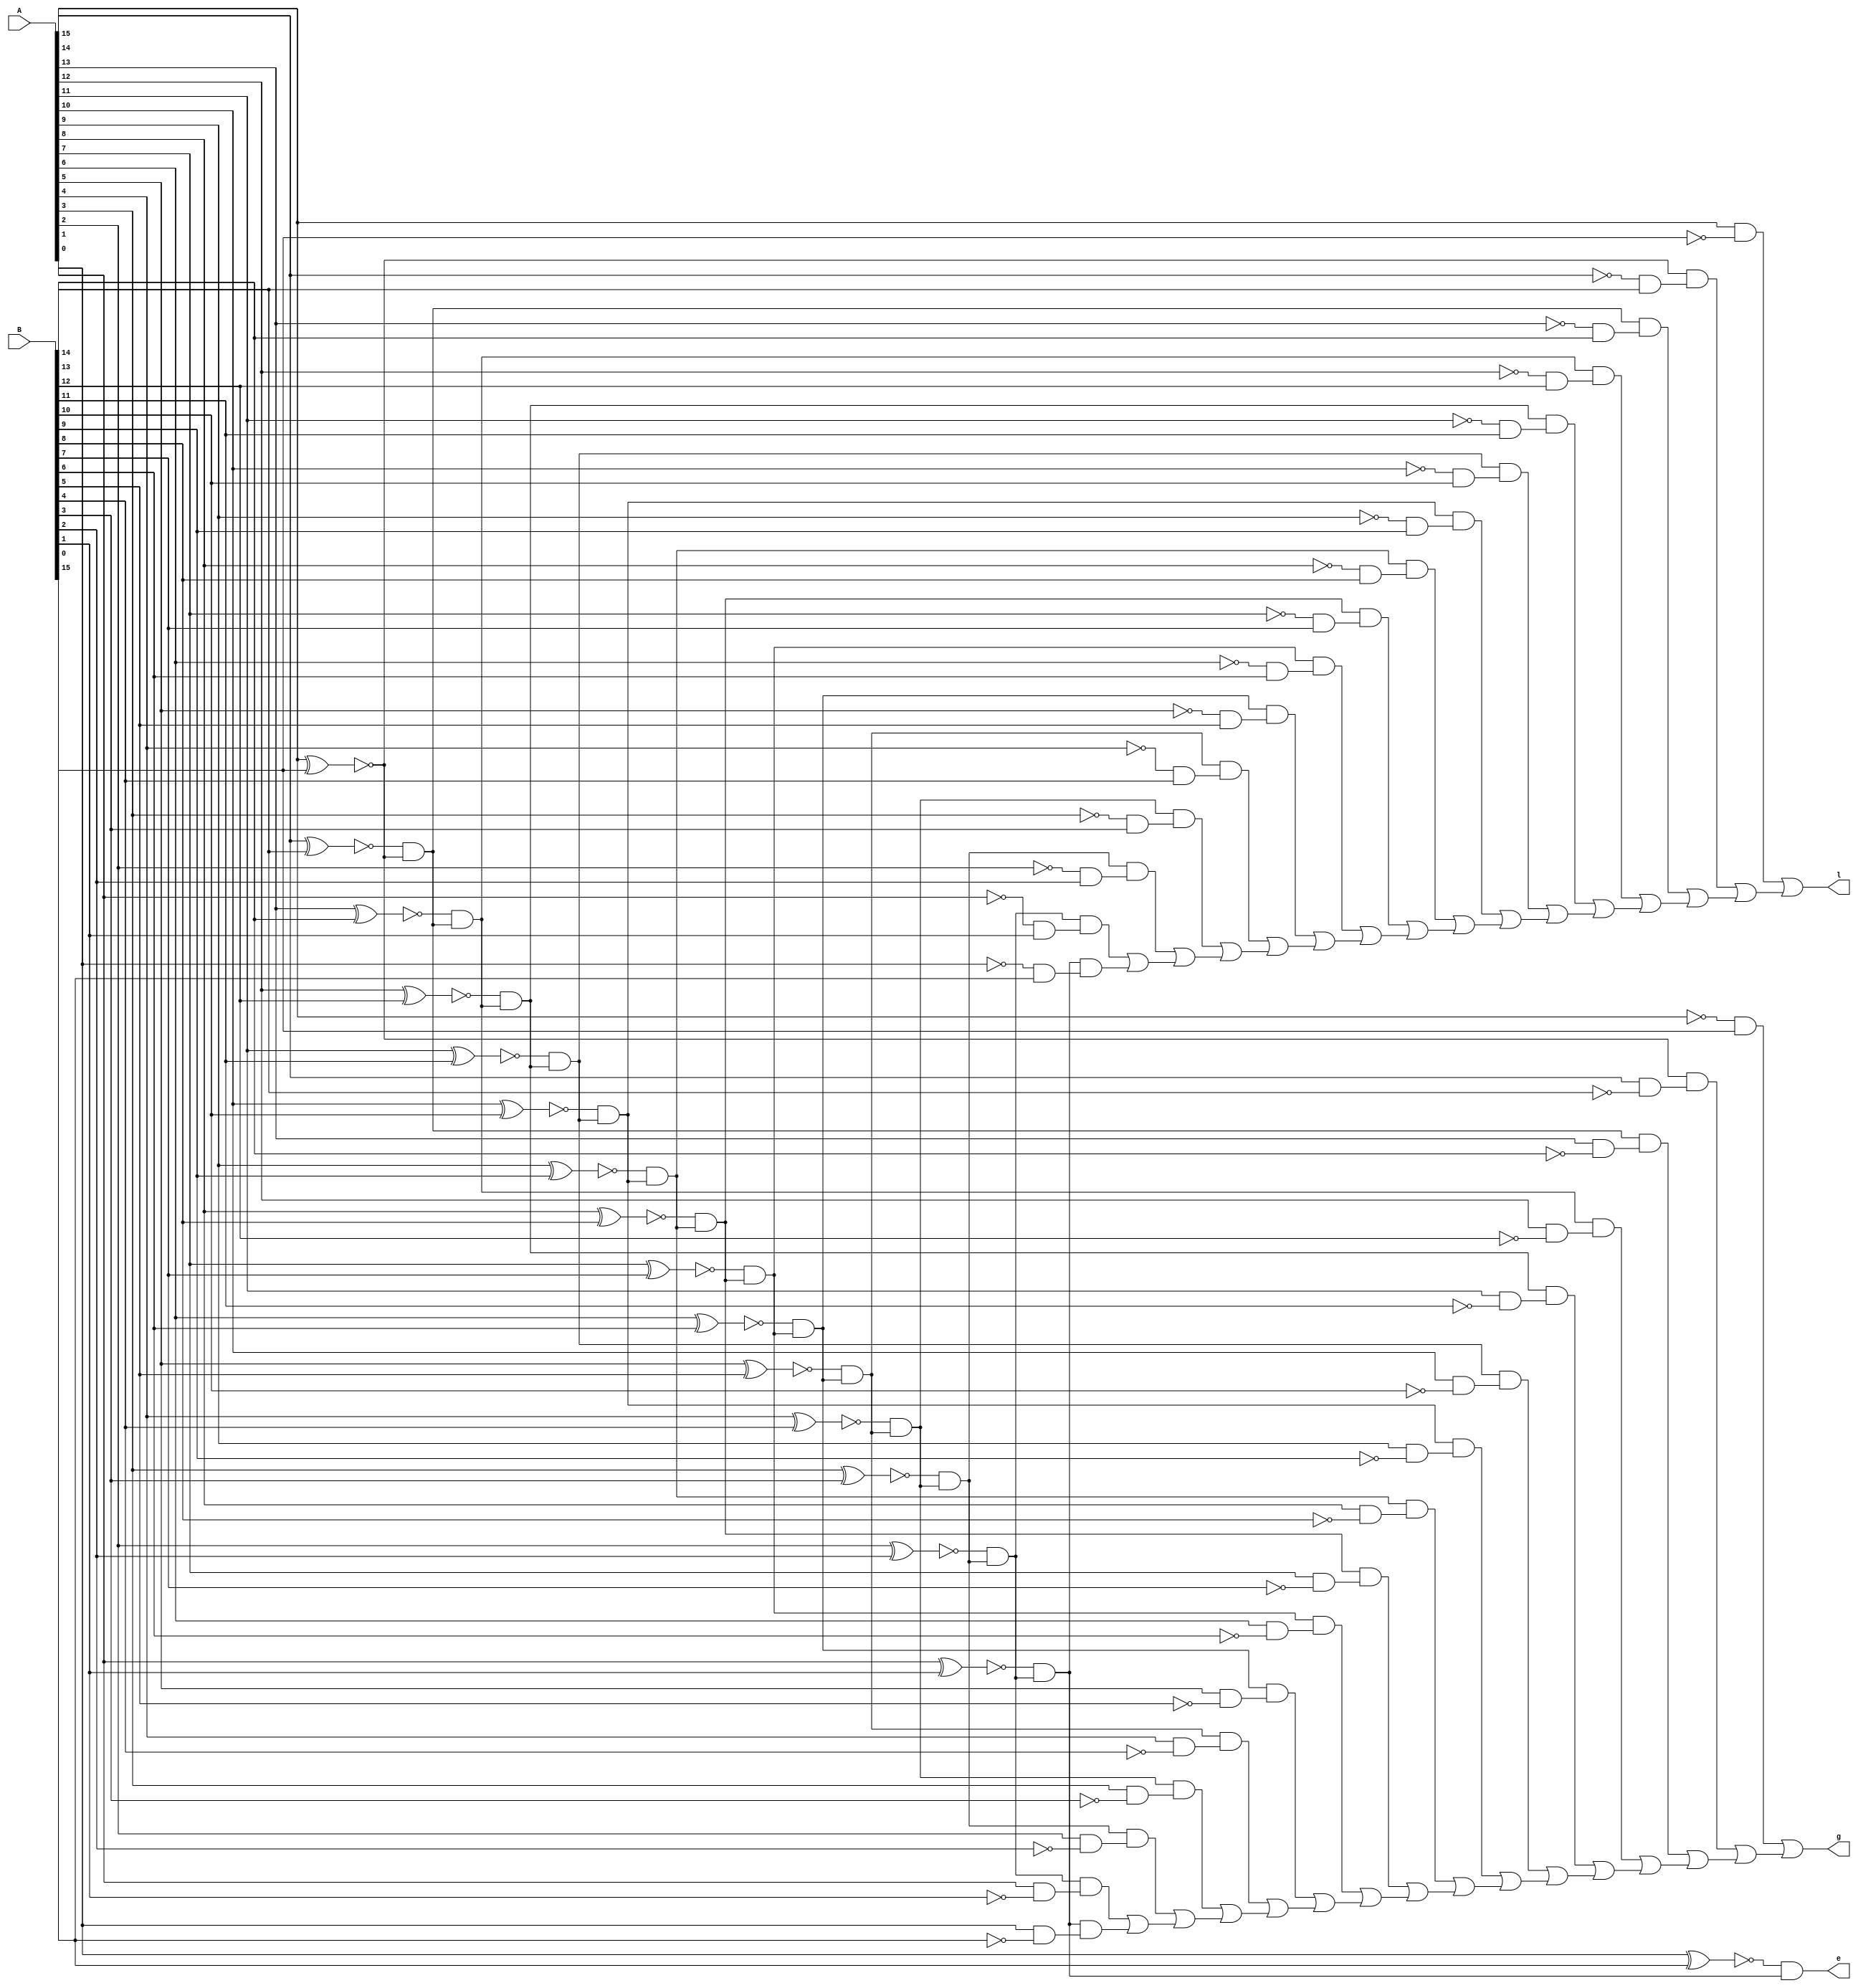
module comparator(
    input signed[15:0] A,
	 input signed[15:0] B,
    output g,
	 output l,
	 output e
);

wire y [15:0]; // to store xor gates
wire x [15:0]; // to store xnor gates

wire and_buffer[16:0]; // to store: A[15]B[15]'.x16.x15.... etc

wire notB[15:0]; // to store not of each digit of B
wire notA[15:0]; // to store not of each digit of B

wire or_buffer1[16:0]; // to or all the exp1
wire buffer1[16:0]; // buffer
wire exp1[16:0]; 

wire or_buffer2[16:0];
wire buffer2[16:0];
wire exp2[16:0];

// Wires for all the xor gates:
xor  y1(y [0], A [0], B [0] ); // x1
xor  y2(y [1], A [1], B [1] ); // x2
xor  y3(y [2], A [2], B [2] ); // x3
xor  y4(y [3], A [3], B [3] ); // x4
xor  y5(y [4], A [4], B [4] ); // x5
xor  y6(y [5], A [5], B [5] ); // x6
xor  y7(y [6], A [6], B [6] ); // x7
xor  y8(y [7], A [7], B [7] ); // x8
xor  y9(y [8], A [8], B [8] ); // x9
xor y10(y [9], A [9], B [9] ); // x10
xor y11(y[10], A[10], B[10] ); // x11
xor y12(y[11], A[11], B[11] ); // x12
xor y13(y[12], A[12], B[12] ); // x13
xor y14(y[13], A[13], B[13] ); // x14
xor y15(y[14], A[14], B[14] ); // x15
xor y16(y[15], A[15], B[15] ); // x15

not  x1(x [0], y [0]); // x1
not  x2(x [1], y [1]); // x2
not  x3(x [2], y [2]); // x3
not  x4(x [3], y [3]); // x4
not  x5(x [4], y [4]); // x5
not  x6(x [5], y [5]); // x6
not  x7(x [6], y [6]); // x7
not  x8(x [7], y [7]); // x8
not  x9(x [8], y [8]); // x9
not x10(x [9], y [9]); // x10
not x11(x[10], y[10]); // x11
not x12(x[11], y[11]); // x12
not x13(x[12], y[12]); // x13
not x14(x[13], y[13]); // x14
not x15(x[14], y[14]); // x15
not x16(x[15], y[15]); // x16

not  notB0( notB[ 0], B[ 0] ); // notB0
not  notB1( notB[ 1], B[ 1] ); // notB1
not  notB2( notB[ 2], B[ 2] ); // notB2 
not  notB3( notB[ 3], B[ 3] ); // notB3
not  notB4( notB[ 4], B[ 4] ); // notB4
not  notB5( notB[ 5], B[ 5] ); // notB5
not  notB6( notB[ 6], B[ 6] ); // notB6
not  notB7( notB[ 7], B[ 7] ); // notB7
not  notB8( notB[ 8], B[ 8] ); // notB8
not  notB9( notB[ 9], B[ 9] ); // notB9
not notB10( notB[10], B[10] ); // notB10
not notB11( notB[11], B[11] ); // notB11
not notB12( notB[12], B[12] ); // notB12
not notB13( notB[13], B[13] ); // notB13
not notB14( notB[14], B[14] ); // notB14
not notB15( notB[15], B[15] ); // notB15

not  notA0 ( notA[ 0] , A[ 0] ); // notA0
not  notA1 ( notA[ 1] , A[ 1] ); // notA1
not  notA2 ( notA[ 2] , A[ 2] ); // notA2
not  notA3 ( notA[ 3] , A[ 3] ); // notA3
not  notA4 ( notA[ 4] , A[ 4] ); // notA4
not  notA5 ( notA[ 5] , A[ 5] ); // notA5
not  notA6 ( notA[ 6] , A[ 6] ); // notA6
not  notA7 ( notA[ 7] , A[ 7] ); // notA7
not  notA8 ( notA[ 8] , A[ 8] ); // notA8
not  notA9 ( notA[ 9] , A[ 9] ); // notA9
not notA10 ( notA[10] , A[10] ); // notA10
not notA11 ( notA[11] , A[11] ); // notA11
not notA12 ( notA[12] , A[12] ); // notA12
not notA13 ( notA[13] , A[13] ); // notA13
not notA14 ( notA[14] , A[14] ); // notA14
not notA15 ( notA[15] , A[15] ); // notA15

and and1 (and_buffer[ 1], x[15], 1'b1);              // x16.
and and2 (and_buffer[ 2], x[14], and_buffer[ 1]); // x16.x15.x14
and and3 (and_buffer[ 3], x[13], and_buffer[ 2]); // x16.x15.x14.x13
and and4 (and_buffer[ 4], x[12], and_buffer[ 3]); // x16.x15.x14.x13.x12
and and5 (and_buffer[ 5], x[11], and_buffer[ 4]); // x16.x15.x14.x13.x12.x11
and and6 (and_buffer[ 6], x[10], and_buffer[ 5]); // x16.x15.x14.x13.x12.x11.x10
and and7 (and_buffer[ 7], x[ 9], and_buffer[ 6]); // .
and and8 (and_buffer[ 8], x[ 8], and_buffer[ 7]); // .
and and9 (and_buffer[ 9], x[ 7], and_buffer[ 8]); // .
and and10(and_buffer[10], x[ 6], and_buffer[ 9]);
and and11(and_buffer[11], x[ 5], and_buffer[10]);
and and12(and_buffer[12], x[ 4], and_buffer[11]);
and and13(and_buffer[13], x[ 3], and_buffer[12]); // .
and and14(and_buffer[14], x[ 2], and_buffer[13]); // . 
and and15(and_buffer[15], x[ 1], and_buffer[14]); // .
and and16(and_buffer[16], x[ 0], and_buffer[15]); // x16.x15.x14.x13.x12.x11.x10.x9.x8.x7.x6.x5.x4.x3.x2.x1

// All the statments are being or'd : 
and and0(exp1[0], A[15], notB[15]); // A[15].B[15]'

and and17(buffer1[0], notA[14], B[14]); // A[14]'.B[14]
and and18(exp1[1], x[15], buffer1[0]); // A[14]'.B[14] .x15

and and19(buffer1[1], notA[13], B[13]); // A[13]'.B[13]
and and20(exp1[2], and_buffer[2], buffer1[1]); // A[13]'.B[13] .x15.x14

and and21(buffer1[2], notA[12], B[12]); // A[13]'.B[13]
and and22(exp1[3], and_buffer[3], buffer1[2]); // A[13]'.B[13] .x15.x14.x13

and and23(buffer1[3], notA[11], B[11]); // A[11]'.B[11]
and and24(exp1[4], and_buffer[4], buffer1[3]); // A[11]'.B[11] .x15.x14.x13.x12

and and25(buffer1[4], notA[10], B[10]); // A[10]'.B[10]
and and26(exp1[5], and_buffer[5], buffer1[4]); // A[10]'.B[10] .x15.x14.x13.x12.x11

and and27(buffer1[5], notA[9], B[9]); // A[9]'.B[9]
and and28(exp1[6], and_buffer[6], buffer1[5]); // A[9]'.B[9] .x15.x14.x13.x12.x11.x10

and and29(buffer1[6], notA[8], B[8]); // A[8]'.B[8]
and and30(exp1[7], and_buffer[7], buffer1[6]); // A[8]'.B[8] .x15.x14.x13.x12.x11.x10.x9

and and31(buffer1[7], notA[7], B[7]); // A[7]'.B[7]
and and32(exp1[8], and_buffer[8], buffer1[7]); // A[7]'.B[7] .x15.x14.x13.x12.x11.x10.x9.x8

and and33(buffer1[8], notA[6], B[6]); // A[6]'.B[6]
and and34(exp1[9], and_buffer[9], buffer1[8]); // A[6]'.B[6] .x15.x14.x13.x12.x11.x10.x9.x8.x7

and and35(buffer1[9], notA[5], B[5]); // A[5]'.B[5]
and and36(exp1[10], and_buffer[10], buffer1[9]); // A[5]'.B[5] .x15.x14.x13.x12.x11.x10.x9.x8.x7.x6

and and37(buffer1[10], notA[4], B[4]); // A[4]'.B[4]
and and38(exp1[11], and_buffer[11], buffer1[10]); // A[4]'.B[4] .x15.x14.x13.x12.x11.x10.x9.x8.x7.x6.x5

and and39(buffer1[11], notA[3], B[3]); // A[3]'.B[3]
and and40(exp1[12], and_buffer[12], buffer1[11]); // A[3]'.B[3] .x15.x14.x13.x12.x11.x10.x9.x8.x7.x6.x5.x4

and and41(buffer1[12], notA[2], B[2]); // A[2]'.B[2]
and and42(exp1[13], and_buffer[13], buffer1[12]); // A[2]'.B[2] .x15.x14.x13.x12.x11.x10.x9.x8.x7.x6.x5.x4.x3

and and43(buffer1[13], notA[1], B[1]); // A[1]'.B[1]
and and44(exp1[14], and_buffer[14], buffer1[13]); // A[1]'.B[1] .x15.x14.x13.x12.x11.x10.x9.x8.x7.x6.x5.x4.x3.x2

and and45(buffer1[14], notA[0], B[0]); // A[ 0]'.B[ 0]
and and46(exp1[15], and_buffer[15], buffer1[14]); // A[ 0]'.B[ 0] .x15.x14.x13.x12.x11.x10.x9.x8.x7.x6.x5.x4.x3.x2.x1

or or_buffer1_16(or_buffer1[16], exp1[15], 1'b0); // exp1[15]
or or_buffer1_15(or_buffer1[15], exp1[14], or_buffer1[16]); // exp1[15] + exp1[14]
or or_buffer1_14(or_buffer1[14], exp1[13], or_buffer1[15]); // exp1[15] + exp1[14] + exp1[13]
or or_buffer1_13(or_buffer1[13], exp1[12], or_buffer1[14]); // exp1[15] + exp1[14] + exp1[13] + exp1[12]
or or_buffer1_12(or_buffer1[12], exp1[11], or_buffer1[13]);
or or_buffer1_11(or_buffer1[11], exp1[10], or_buffer1[12]);
or or_buffer1_10(or_buffer1[10], exp1[ 9], or_buffer1[11]);
or or_buffer1_9(or_buffer1[ 9], exp1[ 8], or_buffer1[10]);
or or_buffer1_8(or_buffer1[ 8], exp1[ 7], or_buffer1[ 9]);
or or_buffer1_7(or_buffer1[ 7], exp1[ 6], or_buffer1[ 8]);
or or_buffer1_6(or_buffer1[ 6], exp1[ 5], or_buffer1[ 7]);
or or_buffer1_5(or_buffer1[ 5], exp1[ 4], or_buffer1[ 6]);
or or_buffer1_4(or_buffer1[ 4], exp1[ 3], or_buffer1[ 5]);
or or_buffer1_3(or_buffer1[ 3], exp1[ 2], or_buffer1[ 4]);
or or_buffer1_2(or_buffer1[ 2], exp1[ 1], or_buffer1[ 3]);
or or_buffer1_1(or_buffer1[ 1], exp1[ 0], or_buffer1[ 2]); // 

// All the statments are being or'd :

and and00(exp2[0], notA[15], B[15]); // A[15]'.B[15]

and andd17(buffer2[0], A[14], notB[14]); // A[14].B[14]'
and andd18(exp2[1], x[15], buffer2[0]); // A[14].B[14] .x15

and andd19(buffer2[1], A[13], notB[13]); // A[13].B[13]'
and andd20(exp2[2], and_buffer[2], buffer2[1]); // A[13].B[13] .x15.x14

and andd21(buffer2[2], A[12], notB[12]); // A[13].B[13]'
and andd22(exp2[3], and_buffer[3], buffer2[2]); // A[13].B[13] .x15.x14.x13

and andd23(buffer2[3], A[11], notB[11]); // A[11].B[11]'
and andd24(exp2[4], and_buffer[4], buffer2[3]); // A[11].B[11] .x15.x14.x13.x12

and andd25(buffer2[4], A[10], notB[10]); // A[10].B[10]'
and andd26(exp2[5], and_buffer[5], buffer2[4]); // A[10].B[10] .x15.x14.x13.x12.x11

and andd27(buffer2[5], A[ 9], notB[ 9]); // A[ 9].B[ 9]'
and andd28(exp2[6], and_buffer[6], buffer2[5]); // A[ 9].B[ 9] .x15.x14.x13.x12.x11.x10

and andd29(buffer2[6], A[ 8], notB[ 8]); // A[ 8].B[ 8]'
and andd30(exp2[7], and_buffer[7], buffer2[6]); // A[ 8].B[ 8] .x15.x14.x13.x12.x11.x10.x9

and andd31(buffer2[7], A[ 7], notB[ 7]); // A[ 7].B[ 7]'
and andd32(exp2[8], and_buffer[8], buffer2[7]); // A[ 7].B[ 7] .x15.x14.x13.x12.x11.x10.x9.x8

and andd33(buffer2[8], A[ 6], notB[ 6]); // A[ 6].B[ 6]'
and andd34(exp2[9], and_buffer[9], buffer2[8]); // A[ 6].B[ 6] .x15.x14.x13.x12.x11.x10.x9.x8.x7

and andd35(buffer2[9], A[ 5], notB[ 5]); // A[ 5].B[ 5]'
and andd36(exp2[10], and_buffer[10], buffer2[9]); // A[ 5].B[ 5] .x15.x14.x13.x12.x11.x10.x9.x8.x7.x6

and andd37(buffer2[10], A[ 4], notB[ 4]); // A[ 4].B[ 4]'
and andd38(exp2[11], and_buffer[11], buffer2[10]); // A[ 4].B[ 4] .x15.x14.x13.x12.x11.x10.x9.x8.x7.x6.x5

and andd39(buffer2[11], A[ 3], notB[ 3]); // A[ 3].B[ 3]'
and andd40(exp2[12], and_buffer[12], buffer2[11]); // A[ 3].B[ 3] .x15.x14.x13.x12.x11.x10.x9.x8.x7.x6.x5.x4

and andd41(buffer2[12], A[ 2], notB[ 2]); // A[ 2].B[ 2]'
and andd42(exp2[13], and_buffer[13], buffer2[12]); // A[ 2].B[ 2] .x15.x14.x13.x12.x11.x10.x9.x8.x7.x6.x5.x4.x3

and andd43(buffer2[13], A[ 1], notB[ 1]); // A[ 1].B[ 1]'
and andd44(exp2[14], and_buffer[14], buffer2[13]); // A[ 1].B[ 1] .x15.x14.x13.x12.x11.x10.x9.x8.x7.x6.x5.x4.x3.x2

and andd45(buffer2[14], A[ 0], notB[ 0]); // A[ 0].B[ 0]'
and andd46(exp2[15], and_buffer[15], buffer2[14]); // A[ 0].B[ 0] .x15.x14.x13.x12.x11.x10.x9.x8.x7.x6.x5.x4.x3.x2.x1

or or_buffer2_16(or_buffer2[16], exp2[15], 1'b0); // exp2[15]
or or_buffer2_15(or_buffer2[15], exp2[14], or_buffer2[16]); // exp2[15] + exp2[14]
or or_buffer2_14(or_buffer2[14], exp2[13], or_buffer2[15]); // exp2[15] + exp2[14] + exp2[13]
or or_buffer2_13(or_buffer2[13], exp2[12], or_buffer2[14]); // exp2[15] + exp2[14] + exp2[13] + exp2[12]
or or_buffer2_12(or_buffer2[12], exp2[11], or_buffer2[13]);
or or_buffer2_11(or_buffer2[11], exp2[10], or_buffer2[12]);
or or_buffer2_10(or_buffer2[10], exp2[ 9], or_buffer2[11]);
or or_buffer2_9(or_buffer2[ 9], exp2[ 8], or_buffer2[10]);
or or_buffer2_8(or_buffer2[ 8], exp2[ 7], or_buffer2[ 9]);
or or_buffer2_7(or_buffer2[ 7], exp2[ 6], or_buffer2[ 8]);
or or_buffer2_6(or_buffer2[ 6], exp2[ 5], or_buffer2[ 7]);
or or_buffer2_5(or_buffer2[ 5], exp2[ 4], or_buffer2[ 6]);
or or_buffer2_4(or_buffer2[ 4], exp2[ 3], or_buffer2[ 5]);
or or_buffer2_3(or_buffer2[ 3], exp2[ 2], or_buffer2[ 4]);
or or_buffer2_2(or_buffer2[ 2], exp2[ 1], or_buffer2[ 3]);
or or_buffer2_1(or_buffer2[ 1], exp2[ 0], or_buffer2[ 2]);

and buf1(g, or_buffer2[1],1'b1);
and buf2(l, or_buffer1[1],1'b1);
and buf3(e, and_buffer[16],1'b1);

endmodule